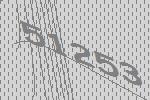
51253